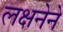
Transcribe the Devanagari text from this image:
लक्षनेने